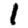
Digit: 1